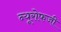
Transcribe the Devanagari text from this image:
न्यूरोफजी